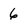
Character: 6